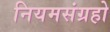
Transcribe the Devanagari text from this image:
नियमसंग्रहो